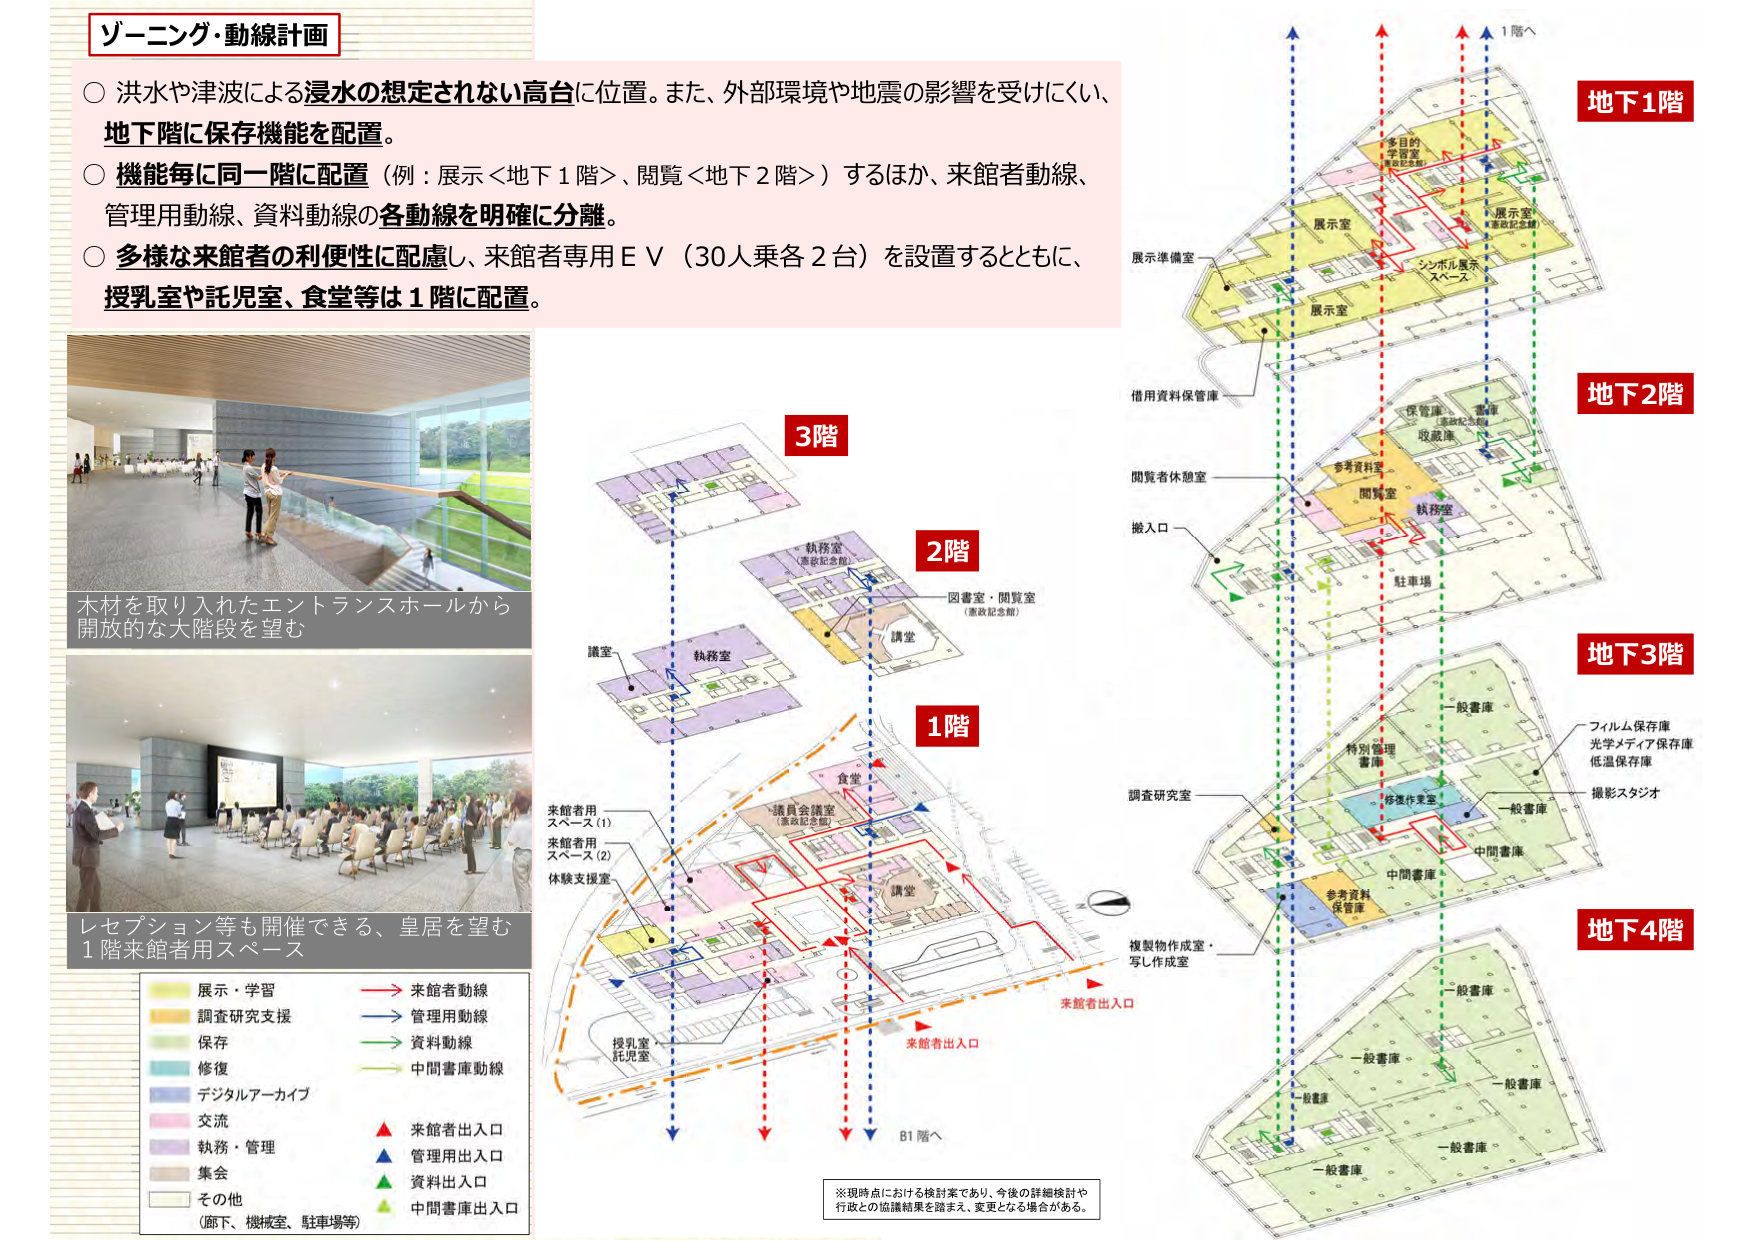
ゾーニング・動線計画

○ 洪水や津波による浸水の想定されない高台に位置。また、外部環境や地震の影響を受けにくい、地下階に保存機能を配置。

○ 機能毎に同一階に配置（例：展示＜地下1階＞、閲覧＜地下2階＞）するほか、来館者動線、管理用動線、資料動線の各動線を明確に分離。

○ 多様な来館者の利便性に配慮し、来館者専用ＥＶ（30人乗各2台）を設置するとともに、授乳室や託児室、食堂等は1階に配置。

木材を取り入れたエントランスホールから開放的な大階段を望む

レセプション等も開催できる、皇居を望む1階来館者用スペース

展示・学習
調査研究支援
保存
修復
デジタルアーカイブ
交流
執務・管理
集会
その他（廊下、機械室、駐車場等）

→ 来館者動線
→ 管理用動線
→ 資料動線
→ 中間書庫動線

▲ 来館者出入口
▲ 管理用出入口
▲ 資料出入口
▲ 中間書庫出入口

3階
執務室（憲政記念館）
講堂
図書室・閲覧室（憲政記念館）

2階
執務室
講堂
講室

1階
食堂
議員会議室（憲政記念館）
来館者用スペース（1）
来館者用スペース（2）
体験支援室
授乳室・託児室
講堂
来館者出入口
来館者出入口

B1階へ

※現時点における検討案であり、今後の詳細検討や行政との協議結果を踏まえ、変更となる場合がある。

地下1階
多目的学習室（憲政記念館）
展示室
展示室
シンボル展示スペース
展示準備室

地下2階
備用資料保管庫
保管庫（憲政記念館）
収蔵庫
多角資料室
閲覧室
執務室
駐車場
搬入口
閲覧者休憩室

地下3階
一般書庫
特別管理書庫
修復作業室
中間書庫
調査研究室
参事資料保管庫
フィルム保存庫
光学メディア保存庫
低温保存庫
撮影スタジオ

地下4階
一般書庫
一般書庫
一般書庫
一般書庫
一般書庫
一般書庫
複製物作成室・写し作成室

1階へ